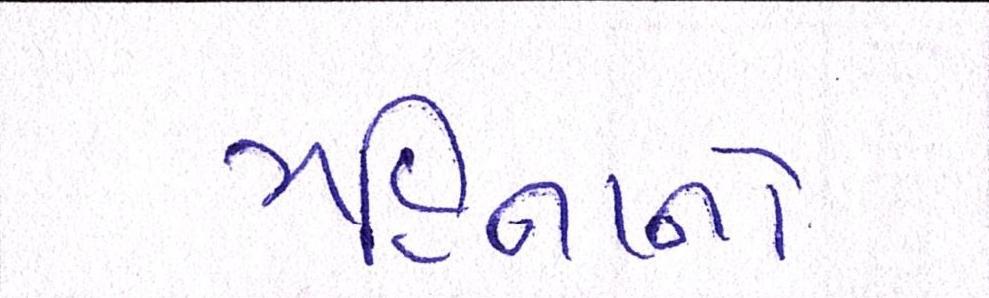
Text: મહિનાનો